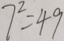
7 ^ { 2 } = 4 9